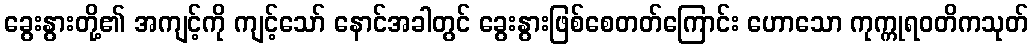
ခွေးနွားတို့၏ အကျင့်ကို ကျင့်သော် နောင်အခါတွင် ခွေးနွားဖြစ်စေတတ်ကြောင်း ဟောသော ကုက္ကုရဝတိကသုတ်